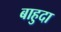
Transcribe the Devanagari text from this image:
बाहुदा